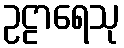
ဥဠာရေသု